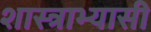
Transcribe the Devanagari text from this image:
शास्त्राभ्यासी